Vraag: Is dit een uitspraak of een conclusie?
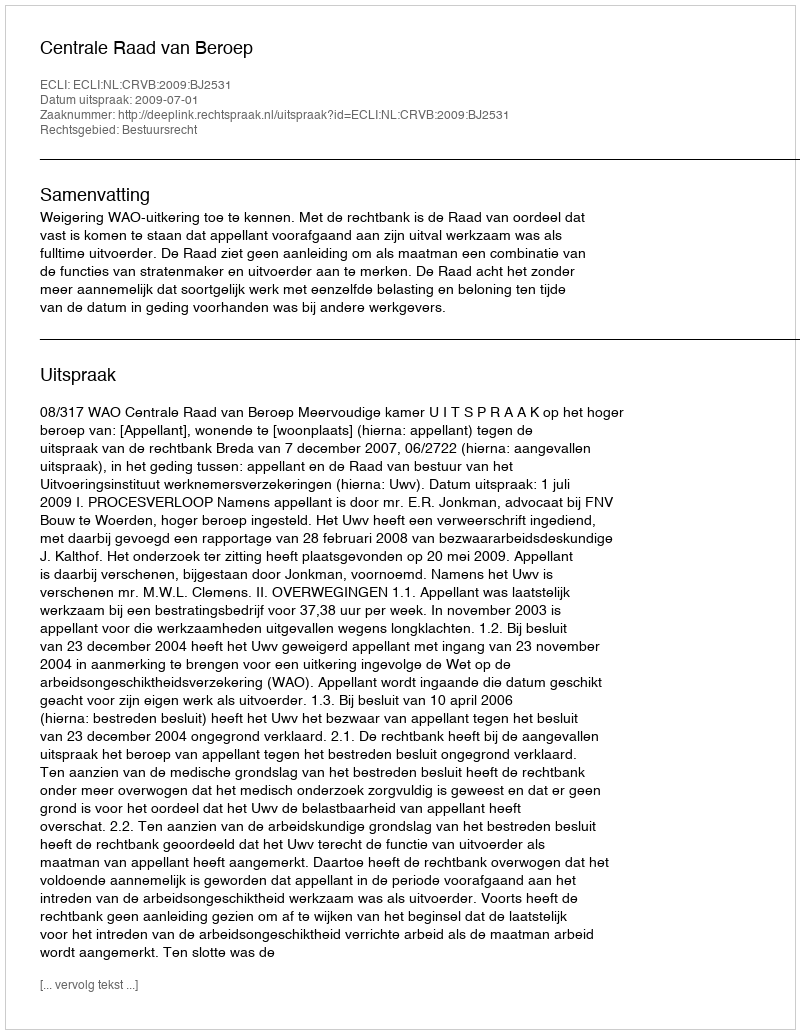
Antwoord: Uitspraak